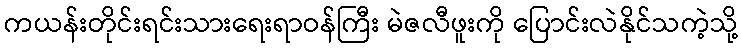
ကယန်းတိုင်းရင်းသားရေးရာဝန်ကြီး မဲဇလီဖူးကို ပြောင်းလဲနိုင်သကဲ့သို့